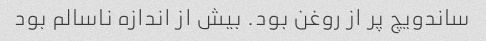
ساندویچ پر از روغن بود. بیش از اندازه ناسالم بود